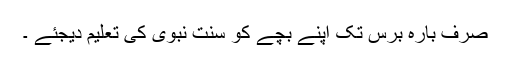
صرف بارہ برس تک اپنے بچے کو سنت نبوی کی تعلیم دیجئے ۔